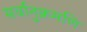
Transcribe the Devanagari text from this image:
सर्वानुक्रमणि